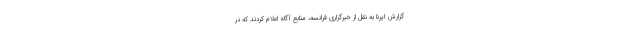
گزارش ایرنا به نقل از خبرگزاری فرانسه، منابع آگاه اعلام کردند که در